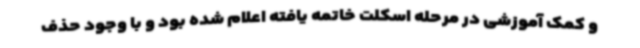
و کمک آموزشی در مرحله اسکلت خاتمه یافته اعلام شده بود و با وجود حذف